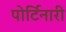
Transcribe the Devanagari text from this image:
पोर्टिनारी